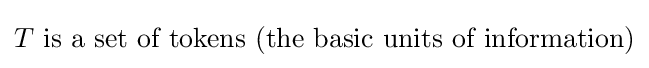
T{\mbox{ is a set of tokens (the basic units of information)}}